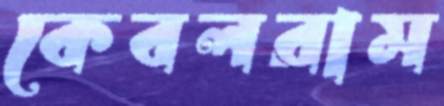
কেবলরাম